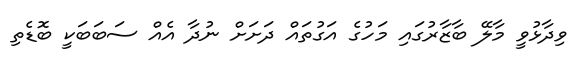
ވިދާޅުވީ މާލޭ ބާޒާރުގައި މަހުގެ އަގުތައް ދަށަށް ނުދާ އެއް ސަބަބަކީ ބޮޑެތި